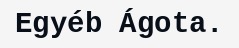
Egyéb Ágota.